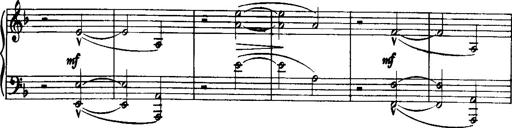
Title: Historische ungarische Bildnisse
Composer: Franz Liszt